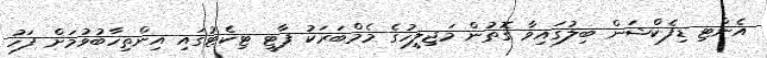
އެންޓި ޑިފެކްޝަން ބިލުގައިވާ ގޮތުން މަޖިލީހުގެ މެމްބަރަކު ޕާޓީ ޓިކެޓުގައި އިންތިހާބުވުމަށް ފަހު